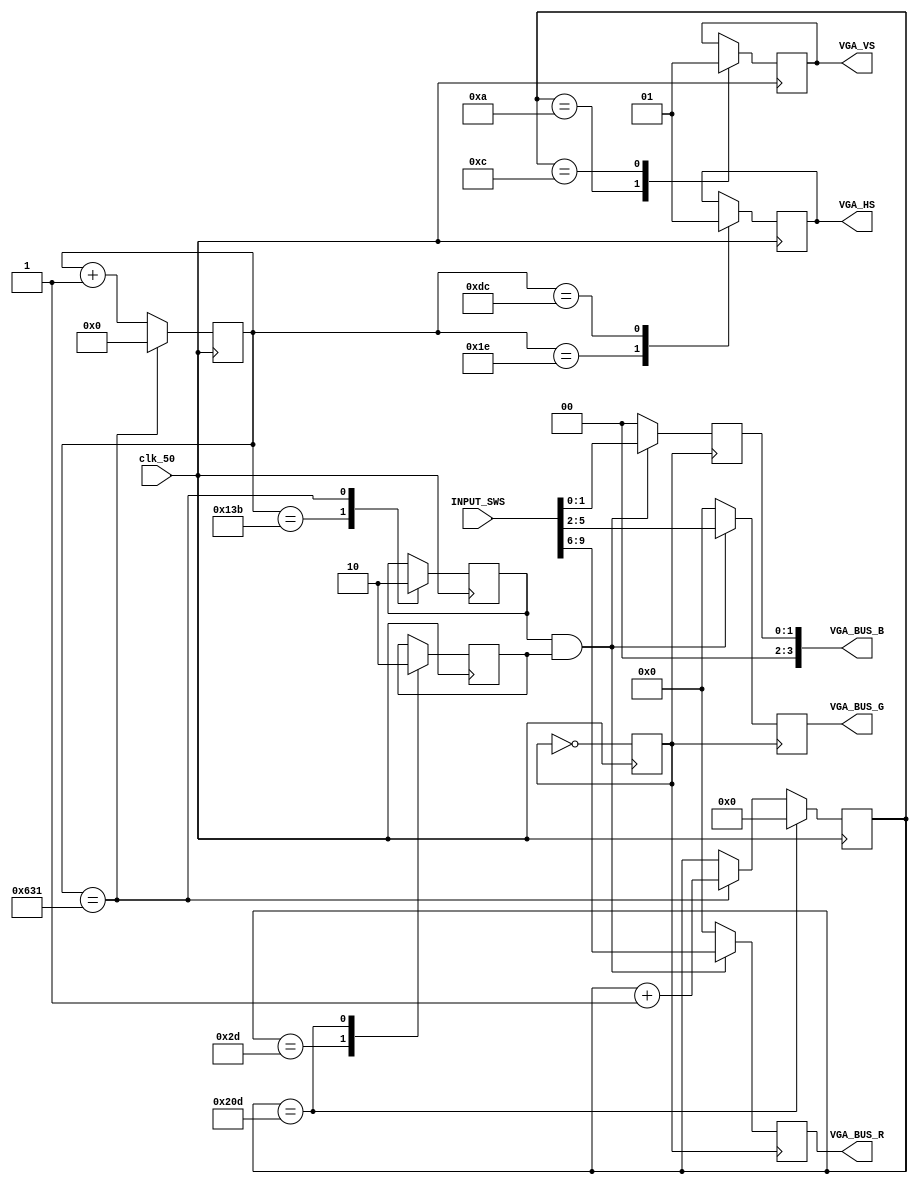
module VGA_Memory_Controller 
(
	 clk_50, INPUT_SWS, VGA_BUS_R, VGA_BUS_G, VGA_BUS_B, VGA_HS, VGA_VS
);

input		wire				clk_50;

input		wire	[0:9]		INPUT_SWS;

output	reg	[0:3]		VGA_BUS_R;
output	reg	[0:3]		VGA_BUS_G;
output	reg	[0:3]		VGA_BUS_B;

output	reg	[0:0]		VGA_HS;
output	reg	[0:0]		VGA_VS;

			reg	[0:10]	HS_counter;
			reg	[0:9]		VS_counter;
						
			reg	[0:0]		clk_25;
			
			reg	[0:0]		H_visible;
			reg	[0:0]		V_visible;
			
			reg	[0:9]		pixel_cnt;

initial
	begin
		VGA_BUS_R 	<= 4'b0000;
		VGA_BUS_G 	<= 4'b0000;
		VGA_BUS_B 	<= 4'b0000;
		VGA_VS		<= 1'b1;
		VGA_HS		<= 1'b1;
		
		HS_counter	<=	11'b00000000000;
		VS_counter	<= 10'b0000000000;
		
		clk_25		<= 1'b0;
		
		H_visible	<= 1'b0;
		V_visible	<= 1'b0;
		
		pixel_cnt	<= 10'b0000000000;
	end
	
//25MHz clk for pixel
always @(posedge clk_50)
	begin
		clk_25 <= ~clk_25;
	end
	
//Display Stuff!
always @(posedge clk_25)
	begin
		if((H_visible == 1'b1) && (V_visible == 1'b1))
			begin
				VGA_BUS_R 	<= INPUT_SWS[0:3];
				VGA_BUS_G 	<= INPUT_SWS[4:7];
				VGA_BUS_B 	<= INPUT_SWS[8:9];
			
				pixel_cnt	<= pixel_cnt + 1'b1;
			end
		else
			begin
				pixel_cnt	<= 10'b0000000000;
				VGA_BUS_R 	<= 4'b0000;
				VGA_BUS_G 	<= 4'b0000;
				VGA_BUS_B 	<= 4'b0000;	
			end
	end
	
//Timing for VGA_HS and VGA_VS
//http://tinyvga.com/vga-timing/640x480@60Hz
always @(posedge clk_50)
	begin
		case(HS_counter)
			//Wait for front porch
			11'b00000011110:				//30 pulses. Start sync.
			begin	
				VGA_HS <= 1'b0;
				H_visible <= H_visible;
				HS_counter <= HS_counter + 1'b1; 
			end
			11'b00011011100:				//220 pulses. Sync over.
			begin
				VGA_HS <= 1'b1;
				H_visible <= H_visible;
				HS_counter <= HS_counter + 1'b1; 
			end			
			11'b00100111011:				//315 pulses. Back porch over. Visable area begin.
			begin
				VGA_HS <= VGA_HS;
				H_visible <= 1'b1;
				HS_counter <= HS_counter + 1'b1; 
			end	
			11'b11000110001:				//1585 pulses. Visable area over. Reset counter. +1 to VS_counter.
			begin
				VGA_HS <= VGA_HS;
				H_visible <= 1'b0;
				HS_counter <= 11'b00000000000;
				VS_counter <= VS_counter + 1'b1;
			end
			default:
			begin
				VGA_HS <= VGA_HS;
				H_visible <= H_visible;
				HS_counter <= HS_counter + 1'b1; 
			end
		endcase
		
		case(VS_counter)
			//Wait for front porch
			10'b0000001010:				//10 lines. Start sync.
			begin	
				VGA_VS <= 1'b0;
				V_visible	<= V_visible;
			end
			10'b0000001100:				//12 lines. Sync over.
			begin
				VGA_VS <= 1'b1;
				V_visible	<= V_visible;
			end			
			10'b0000101101:				//45 lines. Back porch over. Visable area begin.
			begin
				VGA_VS <= VGA_VS;
				V_visible	<= 1'b1;
			end				
			10'b1000001101:				//525 lines. Visable area over. Reset counter.
			begin
				VGA_VS <= VGA_VS;
				V_visible	<= 1'b0;
				VS_counter <= 10'b0000000000;
			end
			default
			begin
				VGA_VS <= VGA_VS;
				V_visible	<= V_visible;
			end
		endcase			

	end

		
endmodule